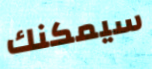
سيمكنك